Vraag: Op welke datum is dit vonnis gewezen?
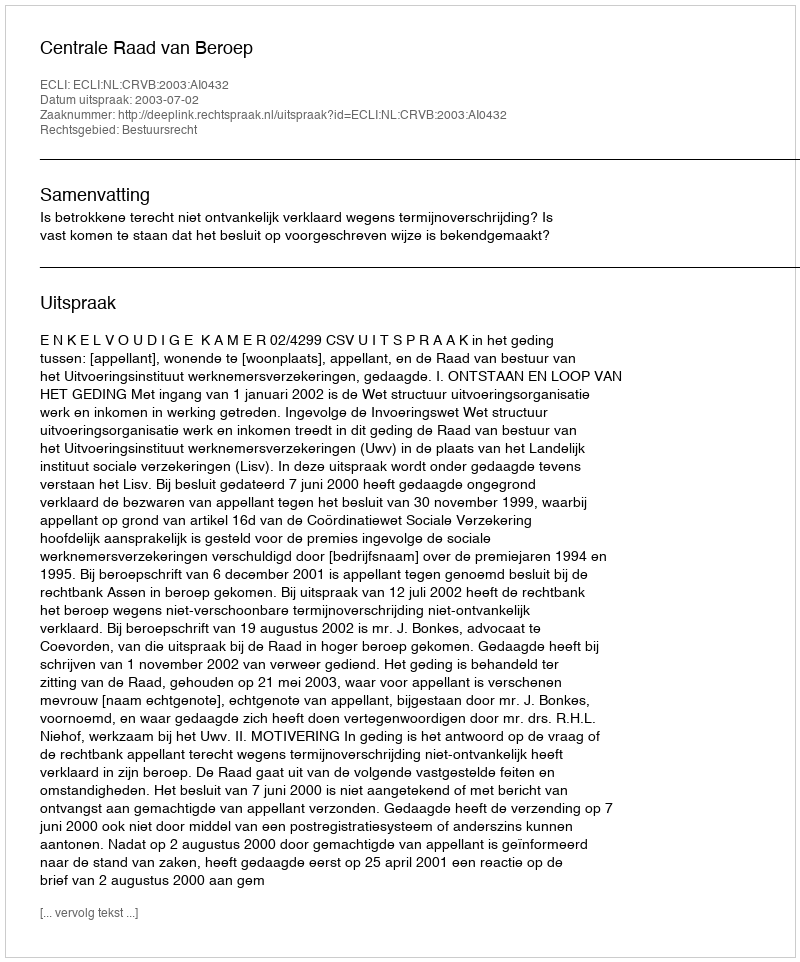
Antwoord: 2003-07-02